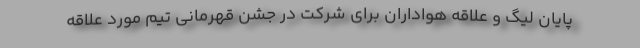
پایان لیگ و علاقه هواداران برای شرکت در جشن قهرمانی تیم مورد علاقه